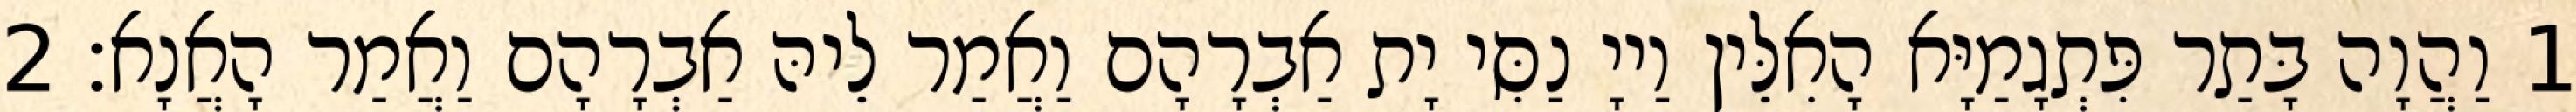
1 וַהֲוָה בָּתַר פִּתְגָמַיָּא הָאִלֵּין וַייָ נַסִּי יָת אַבְרָהָם וַאֲמַר לֵיהּ אַבְרָהָם וַאֲמַר הָאֲנָא׃ 2